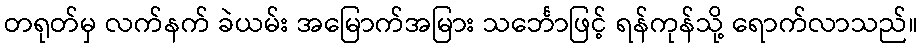
တရုတ်မှ လက်နက် ခဲယမ်း အမြောက်အမြား သင်္ဘောဖြင့် ရန်ကုန်သို့ ရောက်လာသည်။